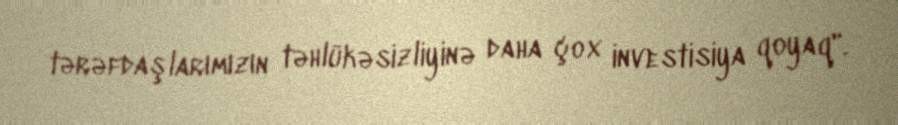
tərəfdaşlarımızın təhlükəsizliyinə daha çox investisiya qoyaq".